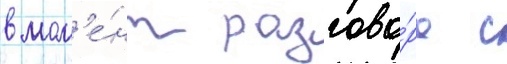
в мом'е́нт разгово́ра с